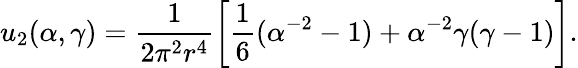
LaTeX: u_{2}(\alpha,\gamma)=\frac 1{2\pi^{2}r^{4}}\left[\frac 16(\alpha^{-2}-1)+\alpha^{-2}\gamma(\gamma-1)\right].